Vaccination in Burma 1889-1999 - 1889-1999
Year: 1889
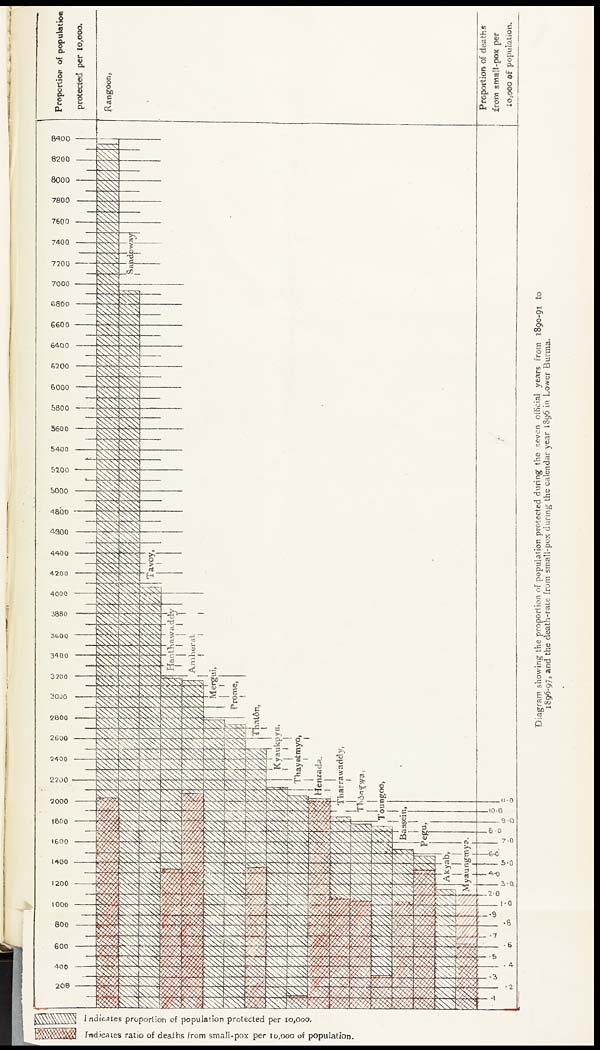
Diagram showing the proportion of population protected during the seven official years from 1890-91 to
1896-97, and the death-rate from small-pox during the calendar year 1896 in Lower Burma.